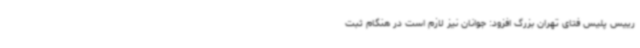
رییس پلیس فتای تهران بزرگ افزود: جوانان نیز لازم است در هنگام ثبت